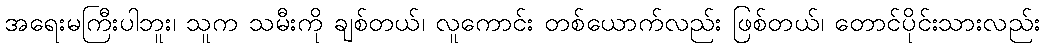
အရေးမကြီးပါဘူး၊ သူက သမီးကို ချစ်တယ်၊ လူကောင်း တစ်ယောက်လည်း ဖြစ်တယ်၊ တောင်ပိုင်းသားလည်း